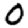
Digit: 0